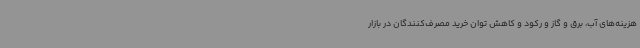
هزینه‌های آب، برق و گاز و رکود و کاهش توان خرید مصرف‌کنندگان در بازار